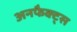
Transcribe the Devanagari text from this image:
अनफैक्ट्स